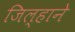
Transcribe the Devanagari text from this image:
जिल्हाने